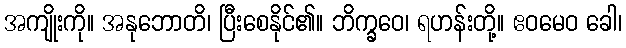
အကျိုးကို။ အနုဘောတိ၊ ပြီးစေနိုင်၏။ ဘိက္ခဝေ၊ ရဟန်းတို့။ ဧဝမေဝ ခေါ၊